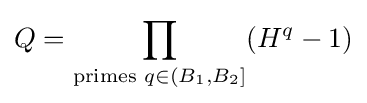
Q=\prod _{{\text{primes }}q\in (B_{1},B_{2}]}(H^{q}-1)